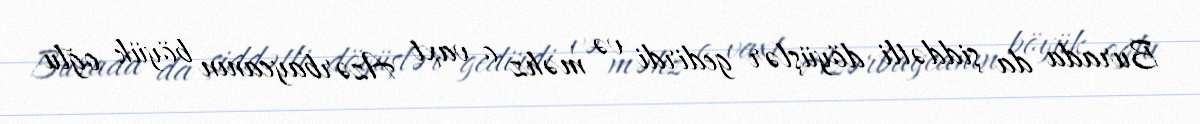
Burada da şiddətli döyüşlər gedirdi və məhz o vaxt Azərbaycanın böyük oğlu